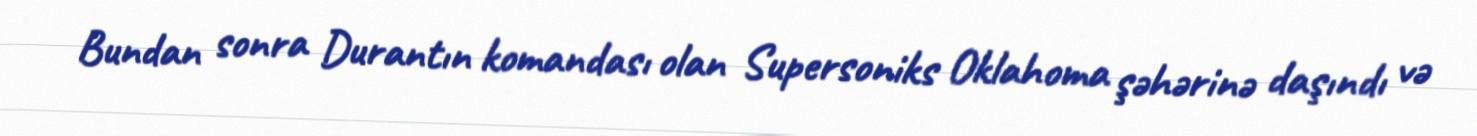
Bundan sonra Durantın komandası olan Supersoniks Oklahoma şəhərinə daşındı və